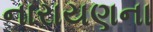
નારાયણના